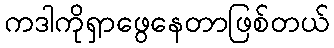
ကဒါကိုရှာဖွေနေတာဖြစ်တယ်